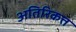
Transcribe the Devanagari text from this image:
अतिरिकत्त